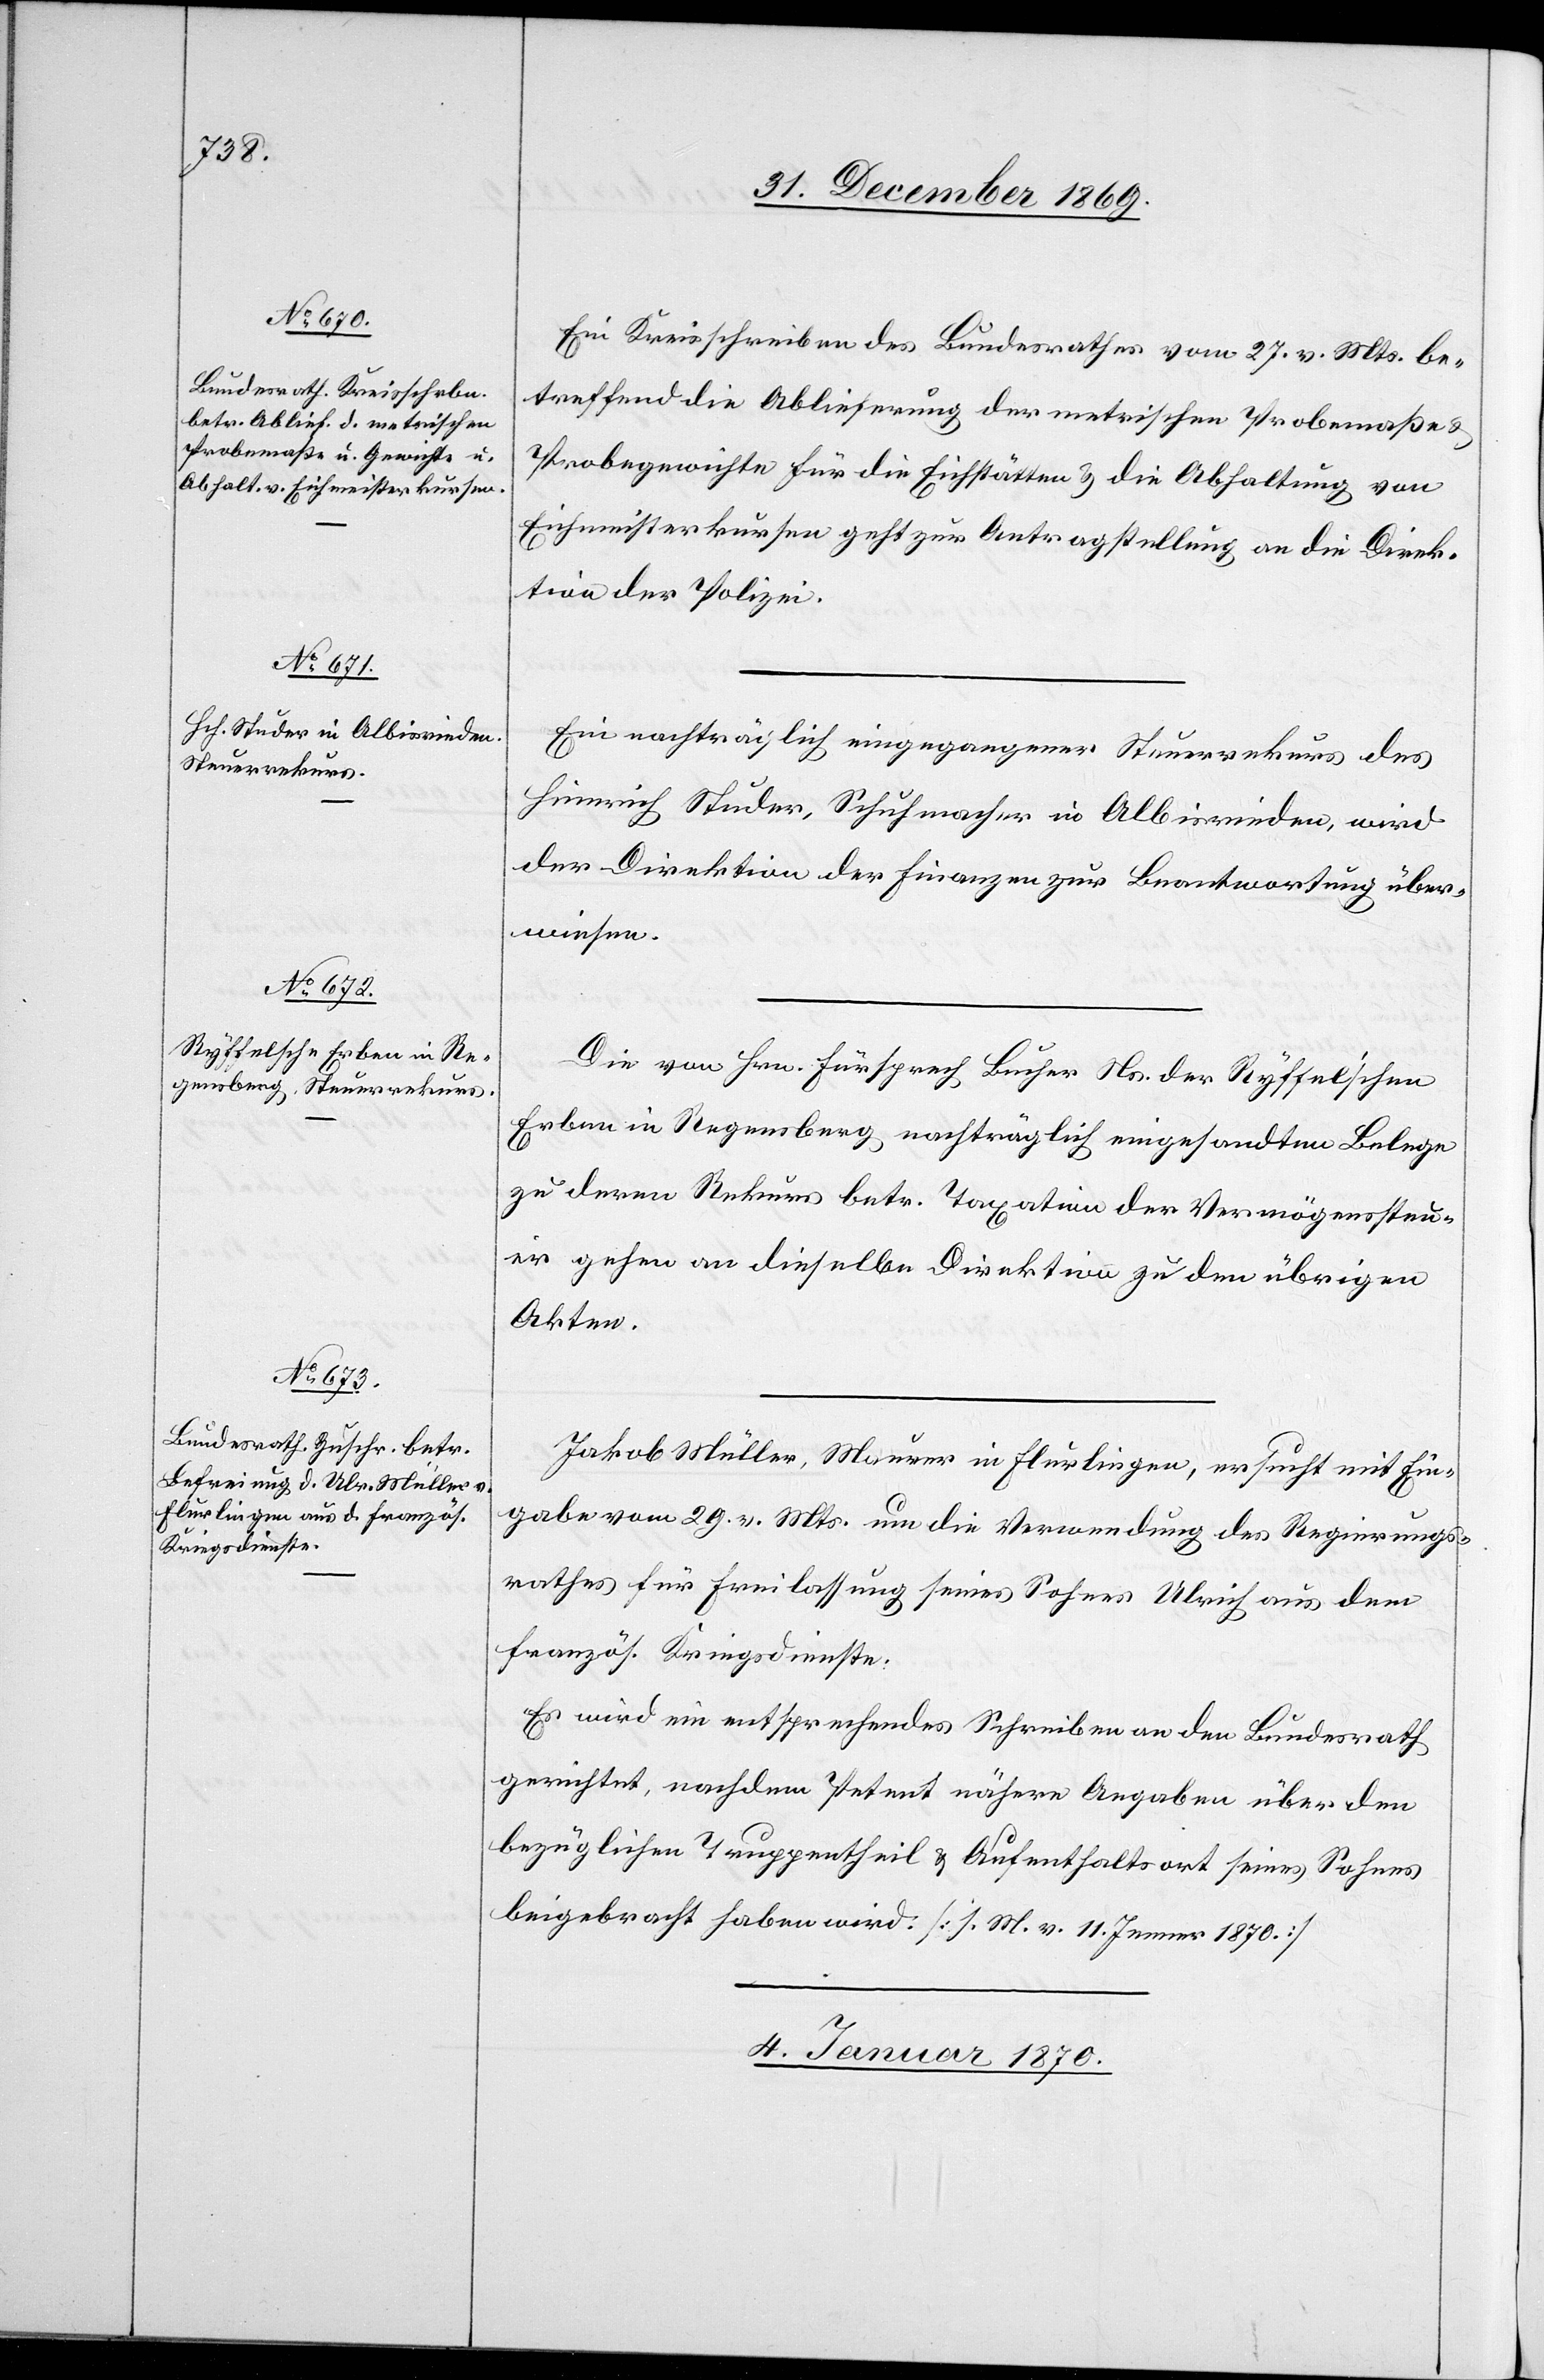
Ein Kreisschreiben des Bundesrathes vom 27. v. Mts. be¬
treffend die Ablieferung der metrischen Probemaße &
Probegewichte für die Eichstätten & die Abhaltung von
Eichmeisterkursen geht zur Antragstellung an die Direk¬
tion der Polizei.
Ein nachträglich eingegangener Steuerrekurs des
Heinrich Studer, Schuhmacher in Albisrieden, wird
der Direktion der Finanzen zur Beantwortung über¬
wiesen.
Die von Hrn. Fürsprech Bucher Ns. der Ryffel’schen
Erben in Regensberg nachträglich eingesandten Belege
zu deren Rekurs betr. Taxation der Vermögenssteu¬
er gehen an dieselbe Direktion zu den übrigen
Akten.
Jakob Müller, Maurer in Flurlingen, ersucht mit Ein¬
gabe vom 29. v. Mts. um die Verwendung des Regierungs¬
rathes für Freilassung seines Sohnes Ulrich aus dem
französ. Kriegsdienste.
Es wird ein entsprechendes Schreiben an den Bundesrath
gerichtet, nachdem Petent nähere Angaben über den
bezüglichen Truppentheil & Aufenthaltsort seines Sohnes
beigebracht haben wird. [s. M. v. 11. Jenner 1870.]
4. Januar 1870.